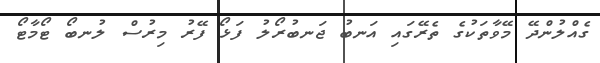
ގެއްލުންދޭ މޭވާތަކުގެ ތެރޭގައި އަނބު ޖަނބުރޯލު ފަޅޯ ފޭރު މިރުސް ލުނބޯ ޓޯމާޓޯ